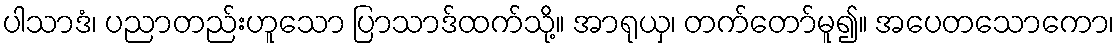
ပါသာဒံ၊ ပညာတည်းဟူသော ပြာသာဒ်ထက်သို့။ အာရုယှ၊ တက်တော်မူ၍။ အပေတသောကော၊